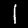
Digit: 1